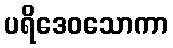
ပရိဒေဝသောကာ